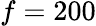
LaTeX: f=200